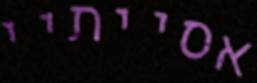
אסייתיי